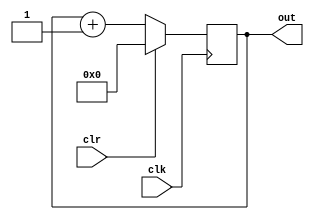
module counter_4bit(out,clk,clr);
	input clk,clr;
	output [3:0] out;
	
	reg [3:0] out;
	
	always @(posedge clk)
		if(clr)
			out<=4'b0000;
		else
		   out<=out+1;
			
endmodule